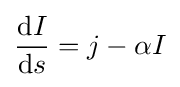
{\frac {\mathrm {d} I}{\mathrm {d} s}}=j-\alpha I